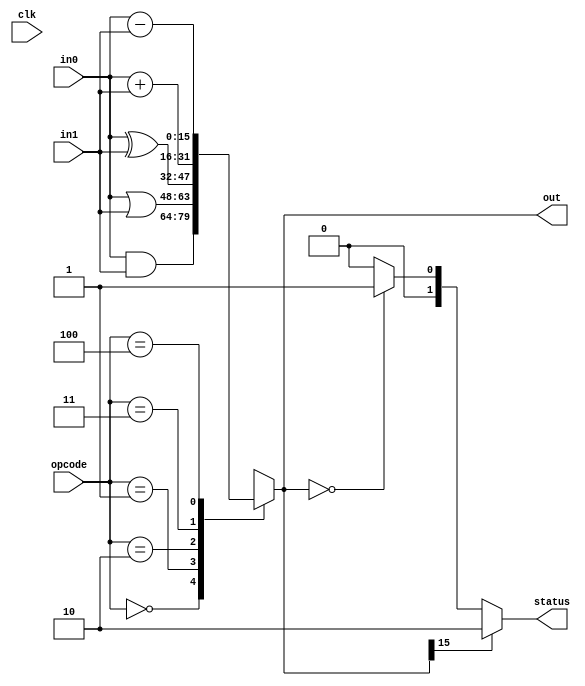
`timescale 1ns / 1ps
//////////////////////////////////////////////////////////////////////////////////
// Company: 
// Engineer: 
// 
// Design Name: 
// Module Name: ALU
// Project Name: 
// Target Devices: 
// Tool Versions: 
// Description: 
// 
// Dependencies: 
// 
// Revision:
// Revision 0.01 - File Created
// Additional Comments:
// 
//////////////////////////////////////////////////////////////////////////////////


module ALU(
    input clk,
    input [2:0]opcode,
    input [15:0]in0,
    input [15:0]in1,
    output reg [15:0]out,
    output reg [1:0]status
    );
    
    //Opcodes
    localparam AND = 3'b000;
    localparam OR  = 3'b001;
    localparam XOR = 3'b010;
    localparam ADD = 3'b011;
    localparam SUB = 3'b100;
    
    always @(*) begin
        case (opcode)
            AND: out = in0 & in1; //AND
            OR:  out = in0 | in1; //OR
            XOR: out = in0 ^ in1; //XOR
            ADD: out = in0 + in1; //ADD
            SUB: out = in0 - in1; //SUB
            default: out = 16'hxxxx; //Error: Unknown opcode
        endcase
        if (out[15] == 1'b1) status = 2'b10;
        else if (out == 16'h0) status = 2'b01;
        else status = 0;
    end
endmodule